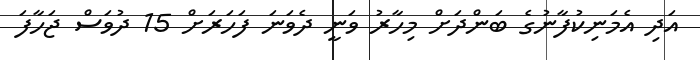
އަދި އެމަނިކުފާނުގެ ބަންދަށް މިހާރު ވަނީ ދެވަނަ ފަހަރަށް 15 ދުވަސް ޖަހާފަ